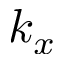
k _ { x }